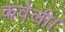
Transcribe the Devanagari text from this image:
कवेली।